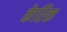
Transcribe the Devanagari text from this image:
केरिक